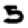
Digit: 5